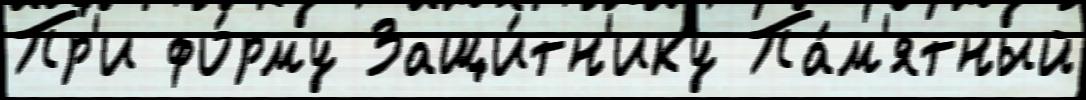
Пр'и фо́рму Защи́тн'ику Па́м'ятный